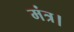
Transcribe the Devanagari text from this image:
मंत्र।